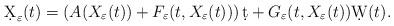
LaTeX: \begin{align*}\d X_{\varepsilon}(t)=\left(A(X_{\varepsilon}(t))+F_{\varepsilon}(t,X_{\varepsilon}(t))\right)\d t+G_{\varepsilon}(t,X_{\varepsilon}(t))\d W(t).\end{align*}